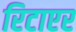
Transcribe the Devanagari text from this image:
रिटाएर